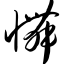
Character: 忤